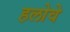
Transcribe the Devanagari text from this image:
हलोवे